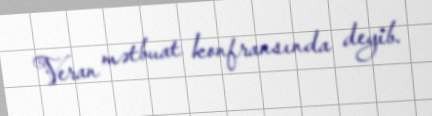
Veran mətbuat konfransında deyib.